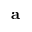
{ \bf a }